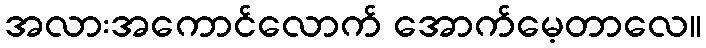
အလားအကောင်လောက် အောက်မေ့တာလေ။